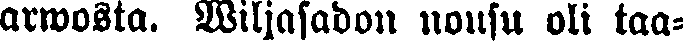
armosta. Wiljasadon nousu oli taa-